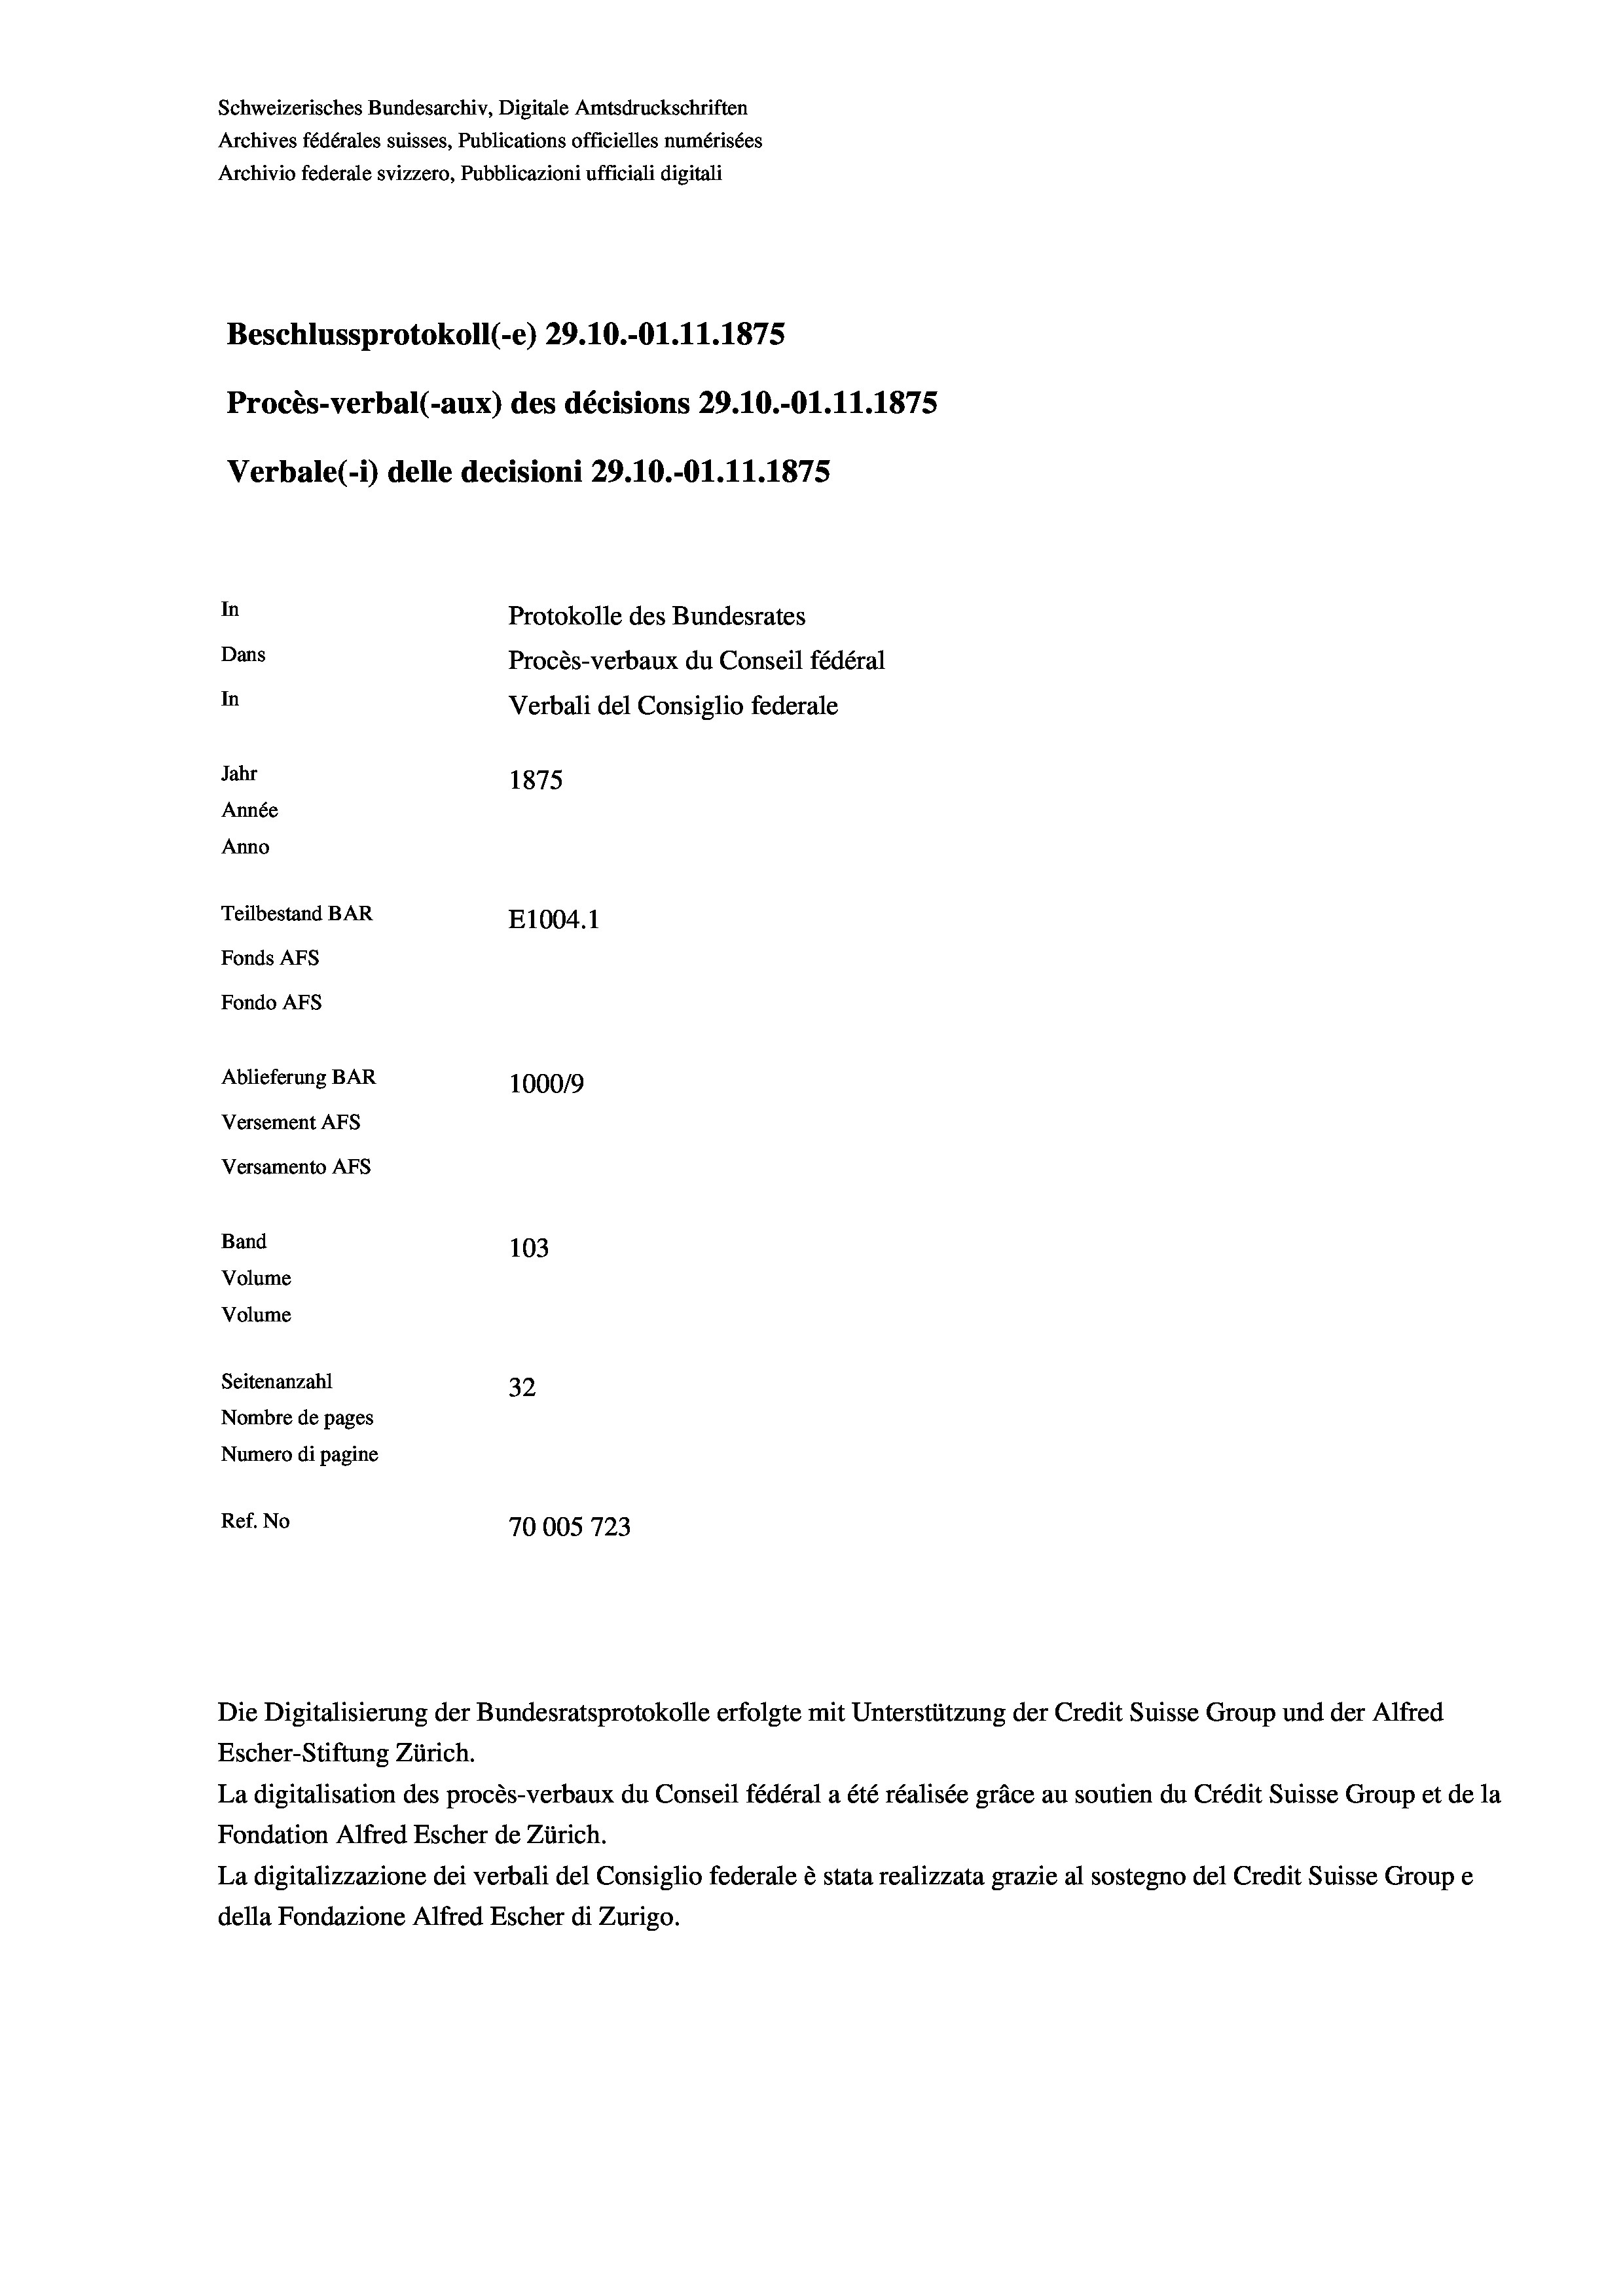
Schweizerisches Bundesarchiv, Digitale Amtsdruckschriften
Archives fédérales suisses, Publications officielles numérisées
Archivio federale svizzero, Pubblicazioni ufficiali digitali
Beschlussprotokoll (-e) 29.10.-Ol.11.1875
Procès-verbal (-aux) des décisions 29.10.-O1.11.1875
Verbale(*) delle decisioni 29.10.-O1.11.1875
In
Protokolle des Bundesrates
Dans
Procès-verbaux du Conseil fédéral
In
Verbali del Consiglio federale
Jahr
1875
Année
Anno
Teilbestand BAR
E1004. 1
Fonds AFs
Fondo AFS
Ablieferung BAR
100019
Versement AFs
Versamento AFs
Band
103
Volume
Volume
Seitenanzahl
32
Nombre de pages
Numero di pagine
Ref. No
70005723

Die Digitalisierung der Bundesratsprotokolle erfolgte mit Unterstützung der Credit Suisse Group und der Alfred
Escher-Stiftung Zürich.
La digitalisation des procès-verbaux du Conseil fédéral a été réalisée gräce au soutien du Crédit Suisse Group et de la
Fondation Alfred Escher de Zürich.
La digitalizzazione dei verbali del Consiglio federale è stata realizzata grazie al sostegno del Credit Suisse Groupe
della Fondazione Alfred Escher di Zurigo.